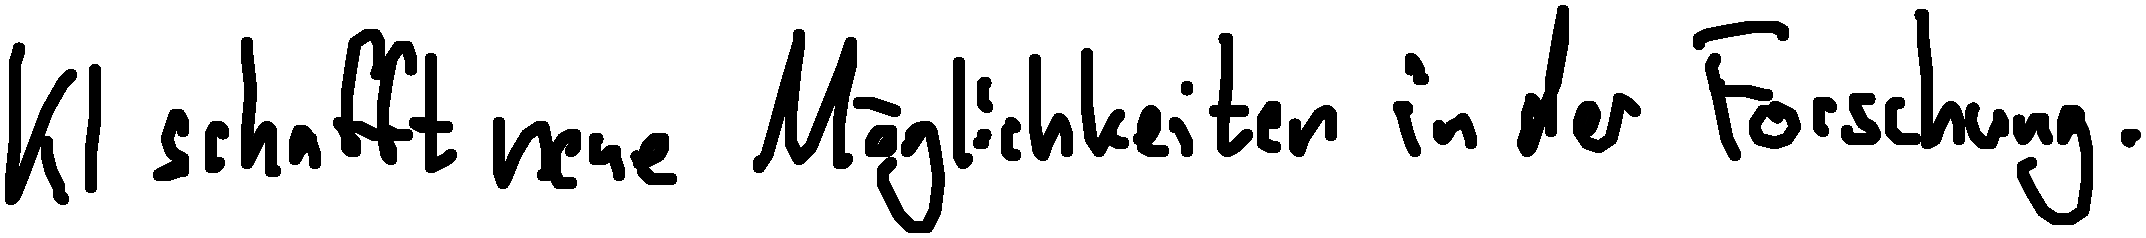
KI schafft neue Möglichkeiten in der Forschung.